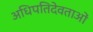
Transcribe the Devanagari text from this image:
अधिपतिदेवताओं